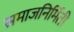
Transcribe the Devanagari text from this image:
समाजनिर्मिती